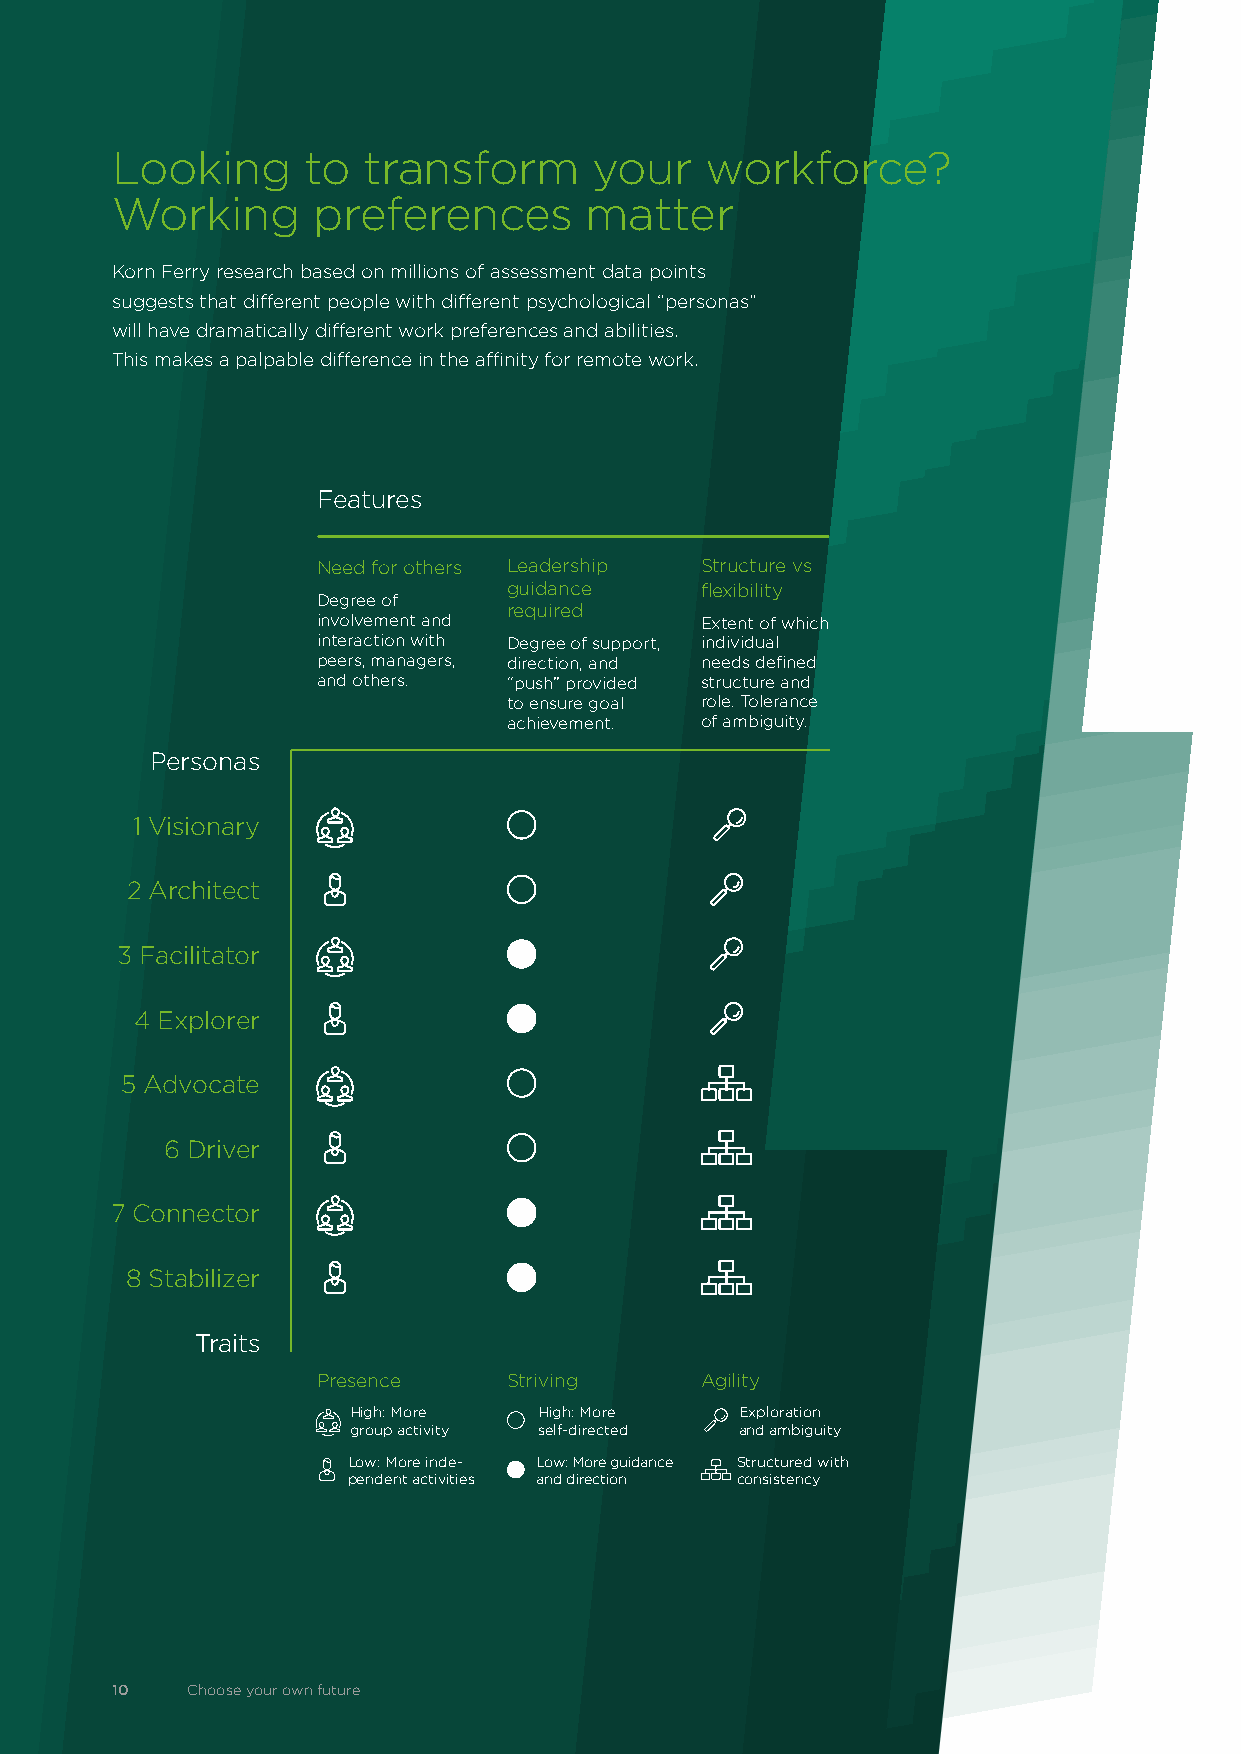
Looking      to  transform      your    workforce?
 Working       preferences       matter
 Korn Ferry research based on millions of assessment data points
 suggests that different people with different psychological “personas”
 will have dramatically different work preferences and abilities.
 This makes a palpable difference in the affinity for remote work.
 Features
 Need for others Leadership Structure vs
 guidance    flexibility
 Degree of
 required
 involvement and          Extent of which
 interaction with Degree of support, individual
 peers, managers, direction, and needs defined
 and others.  “push” provided structure and
 to ensure goal role. Tolerance
 achievement. of ambiguity.
 Personas
 1 Visionary
 2 Architect
 3 Facilitator
 4 Explorer
 5 Advocate
 6 Driver
 7 Connector
 8 Stabilizer
 Traits
 Presence     Striving    Agility
 High: More   High: More   Exploration
 group activity self-directed and ambiguity
 Low: More inde- Low: More guidance Structured with
 pendent activities and direction consistency
 10   Choose your own future